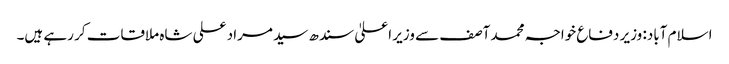
اسلام آباد: وزیر دفاع خواجہ محمد آصف سے وزیر اعلیٰ سندھ سید مراد علی شاہ ملاقات کر رہے ہیں۔